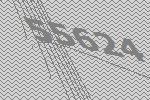
55624